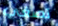
تصغي